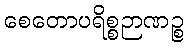
စေတောပရိစ္စဉာဏဉ္စ